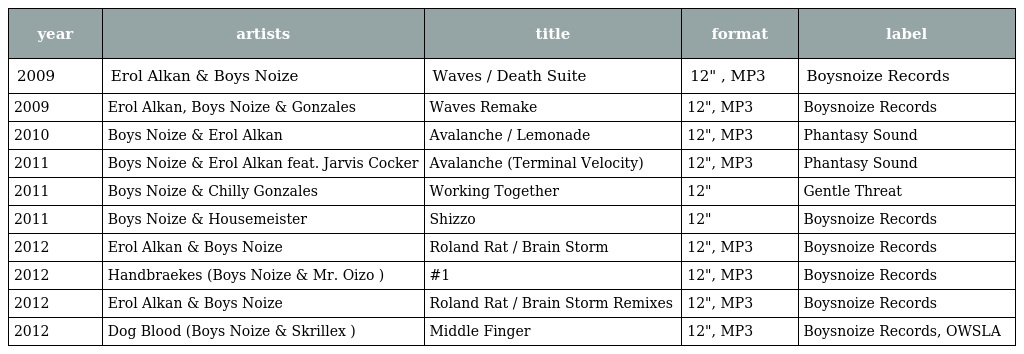
| year | artists | title | format | label |
 | --- | --- | --- | --- | --- |
 | 2009 | Erol Alkan & Boys Noize | Waves / Death Suite | 12" , MP3 | Boysnoize Records |
 | 2009 | Erol Alkan, Boys Noize & Gonzales | Waves Remake | 12", MP3 | Boysnoize Records |
 | 2010 | Boys Noize & Erol Alkan | Avalanche / Lemonade | 12", MP3 | Phantasy Sound |
 | 2011 | Boys Noize & Erol Alkan feat. Jarvis Cocker | Avalanche (Terminal Velocity) | 12", MP3 | Phantasy Sound |
 | 2011 | Boys Noize & Chilly Gonzales | Working Together | 12" | Gentle Threat |
 | 2011 | Boys Noize & Housemeister | Shizzo | 12" | Boysnoize Records |
 | 2012 | Erol Alkan & Boys Noize | Roland Rat / Brain Storm | 12", MP3 | Boysnoize Records |
 | 2012 | Handbraekes (Boys Noize & Mr. Oizo ) | #1 | 12", MP3 | Boysnoize Records |
 | 2012 | Erol Alkan & Boys Noize | Roland Rat / Brain Storm Remixes | 12", MP3 | Boysnoize Records |
 | 2012 | Dog Blood (Boys Noize & Skrillex ) | Middle Finger | 12", MP3 | Boysnoize Records, OWSLA |